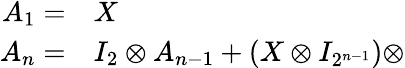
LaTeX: \begin{array}{rl}{A_{1}=}&{{}X}\\ {A_{n}=}&{{}I_{2}\otimes A_{n-1}+(X\otimes I_{2^{n-1}})\otimes}\end{array}